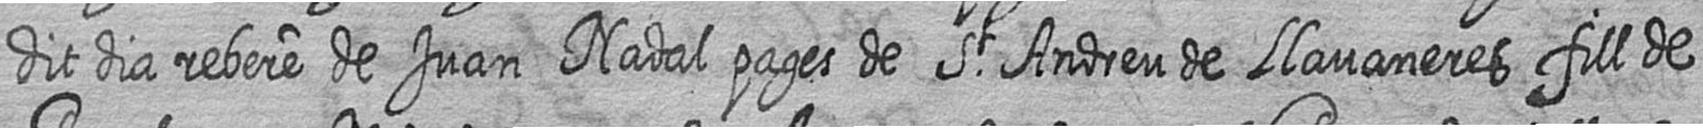
dit dia rebere de Juan Nadal pages de St Andreu de Llavaneres fill de